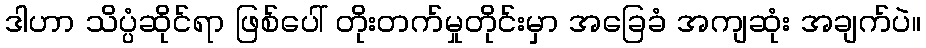
ဒါဟာ သိပ္ပံဆိုင်ရာ ဖြစ်ပေါ် တိုးတက်မှုတိုင်းမှာ အခြေခံ အကျဆုံး အချက်ပဲ။